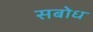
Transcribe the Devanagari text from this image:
सबोध